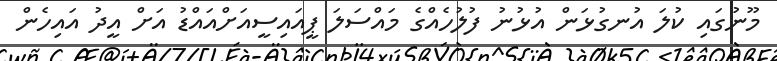
މޫނުގައި ކުލަ އުނގުޅަން އުޅުނު ފުލުހެއްގެ މައްސަލަ ޕީއައިސީއަށްއައްޑު އަށް އީދު އައިހެން